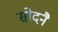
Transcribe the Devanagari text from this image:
सोदनै